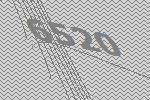
6520